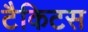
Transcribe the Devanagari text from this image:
टैकिटस